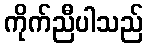
ကိုက်ညီပါသည်